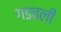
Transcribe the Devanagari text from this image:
गडवली